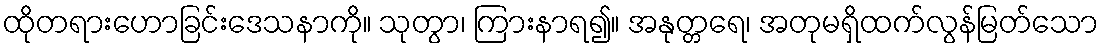
ထိုတရားဟောခြင်းဒေသနာကို။ သုတွာ၊ ကြားနာရ၍။ အနုတ္တရေ၊ အတုမရှိထက်လွန်မြတ်သော